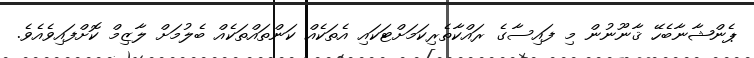
ޕެންޝާނާބެހޭ ޤާނޫނުން މި ފައިސާގެ ރައްކާތެރިކަމަށްޓަކައި އެތަކެއް ކަންތައްތަކެއް ބެލުމަށް ލާޒިމް ކޮށްފައިވެއެވެ.